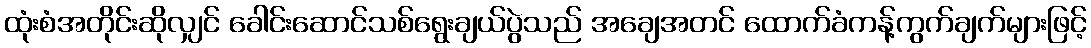
ထုံးစံအတိုင်းဆိုလျှင် ခေါင်းဆောင်သစ်ရွေးချယ်ပွဲသည် အချေအတင် ထောက်ခံကန့်ကွက်ချက်များဖြင့်